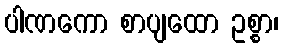
ပါဏကော စာပျထော ဥစ္စာ၊